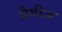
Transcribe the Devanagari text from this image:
ग्रैमीज